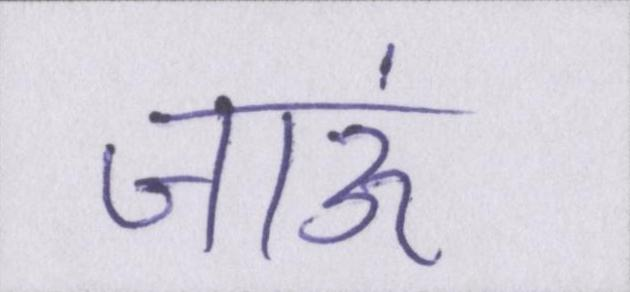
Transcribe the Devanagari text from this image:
जाऊं